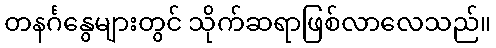
တနင်္ဂနွေများတွင် သိုက်ဆရာဖြစ်လာလေသည်။